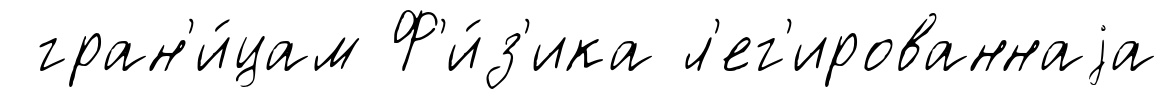
гран'и́цам Ф'и́з'ика л'ег'ированнаjа